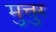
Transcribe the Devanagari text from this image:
मुत्तुर